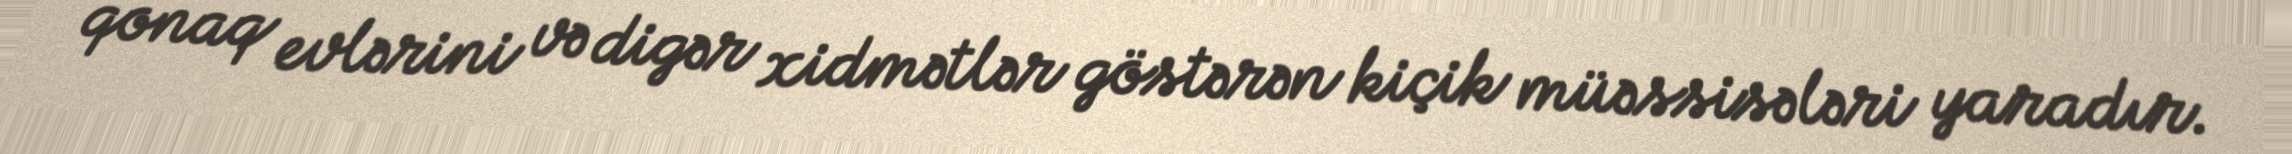
qonaq evlərini və digər xidmətlər göstərən kiçik müəssisələri yaradır.